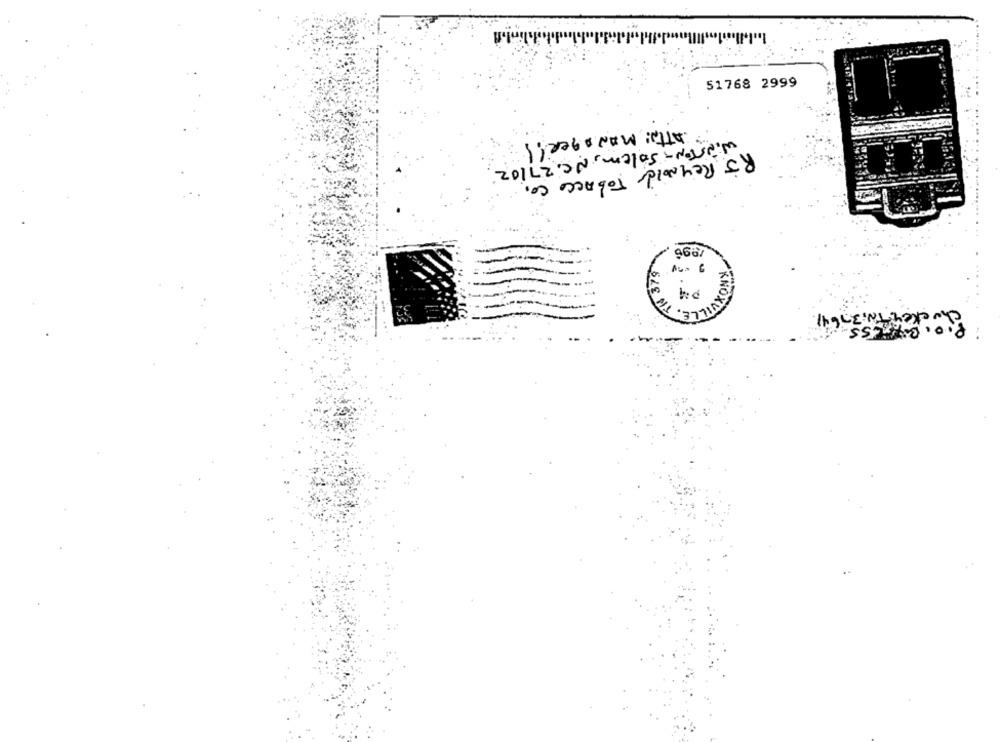
51768 2999
Atta: MANDger !!
WINSTON- solem, N.C. 27102
RJ Reynolds Tobacco co.
9687
NOX
32
LSS